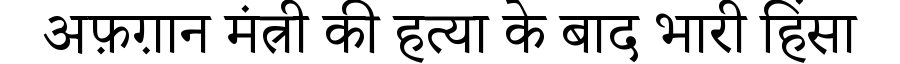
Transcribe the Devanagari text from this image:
अफ़ग़ान मंत्री की हत्या के बाद भारी हिंसा